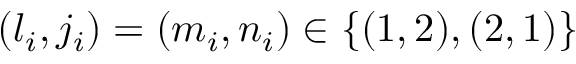
( l _ { i } , j _ { i } ) = ( m _ { i } , n _ { i } ) \in \{ ( 1 , 2 ) , ( 2 , 1 ) \}